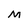
Character: M